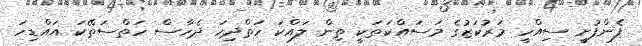
ފެންފުށީ ސިއްހީ މަރުކަޒުގެ މަސައްކަތަކީ ތިން ލައްކަ ހަތްދިހަ ދެހާސް ހަތްސަތޭކަ އައްޑިހަ